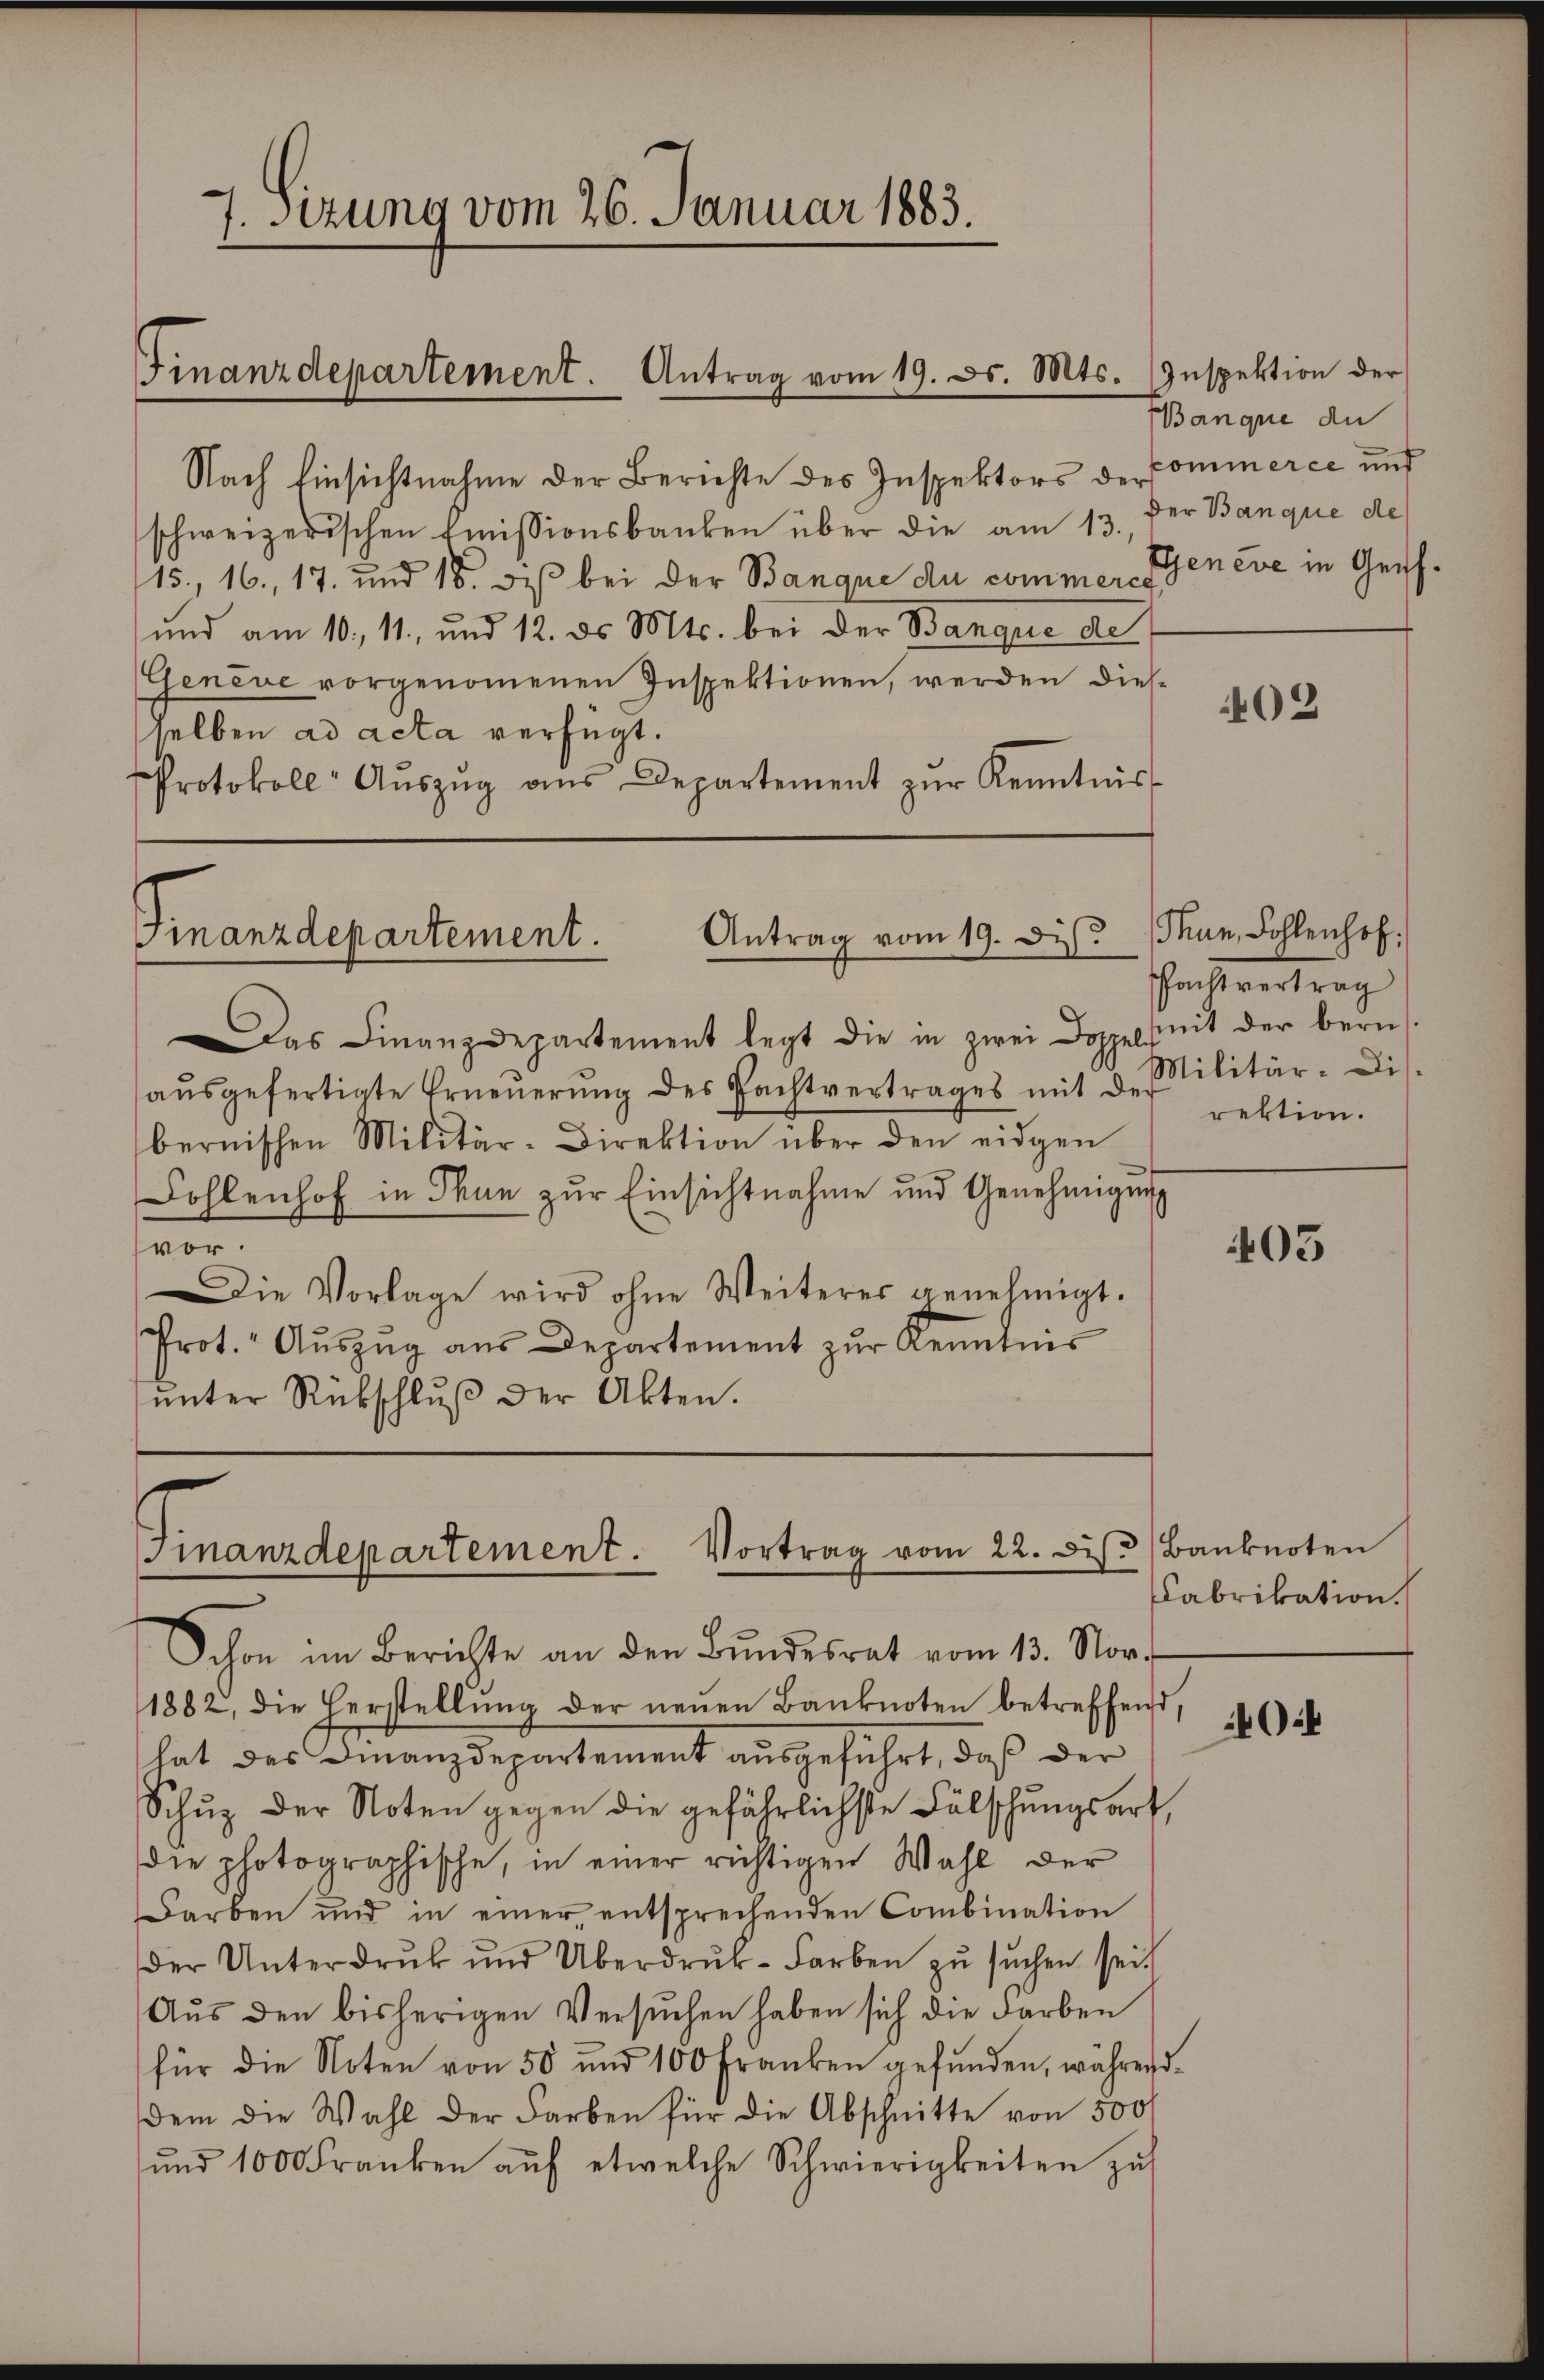
Nach Einsichtnahme der Berichte des Inspektors der Commerce und
schweizerischen Emissionsbanken über die am 13. der Banque de
15., 16., 17. und 18. des bei der Banque du commer Geneve in Geis¬
und am 10. 11. und 12. ds. Mts. bei der Banque de
Genève vorgenommenen Inspektionen, werden diesselben ad acta verfügt.
Protokoll- Aŭszŭg aŭs Departement zŭr Kenntnis

7. sezung vom 26. Januar 1883.

Das Finanzdepartement legt die in zwei Doppelseit der bern
aŭsgefertigte Erneŭerŭng des Pachtvertrages mit des Militär-Dis.
bernischen Militär-Direktion über den eidgen
Fohlenhof in Thun zŭr Einsichtnahme und Genehmigung
vor.
Die Vorlage wird ohne Weiteres genehmigt.
Prot. Aŭszŭg aŭs Departement zur Kenntnis
ŭnter Rückschlŭβ der Akten.

Finanzdepartement. Antrag vom 19. d. Mts. Inspektion der

Antrag vom 19. Dis
Finanzdepartement.

Finanzdepartement. Vortrag vom 22. Di

Banque de

Schon im Berichte an den Bŭndesrat vom 13. Nov.
1882, die Herstellŭng der neŭen Banknoten betreffend,
hat des Finanzdepartement ausgeführt, daß der
Schŭp der Noten gegen die gefährlichste Fälschŭngsart
die photographische, in einer richtigen Wahl der
Farben und in einer entsprechenden Combination
der Unterdrŭk und Überdrŭk-Farben zŭ sŭchen sei.
Aŭs den bisherigen Versuchen haben sich die Farben
für die Noten von 50 und 100 Franken gefŭnden, während
dem die Wahl der Farben für die Abschnitte von 500
ŭnd 1000 Franken aŭf etwelche Schwierigkeiten zŭ

02

Thun, Fohlenhof.
schaftsvertrag
rektion.

403

Banknoten
Fabrikation.

0